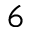
^ { 6 }